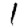
Digit: 1